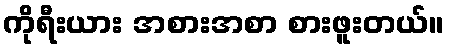
ကိုရီးယား အစားအစာ စားဖူးတယ်။